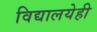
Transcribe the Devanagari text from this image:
विद्यालयेही